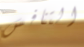
التنافس